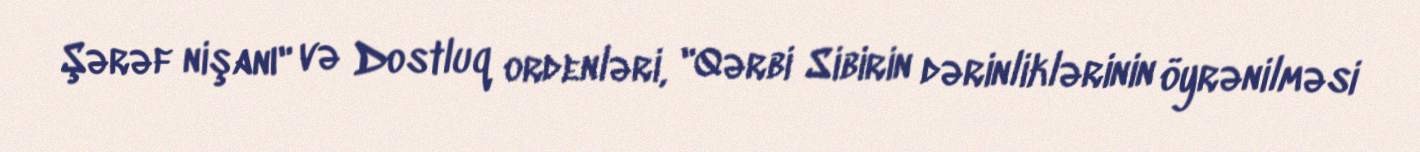
Şərəf nişanı" və Dostluq ordenləri, "Qərbi Sibirin dərinliklərinin öyrənilməsi